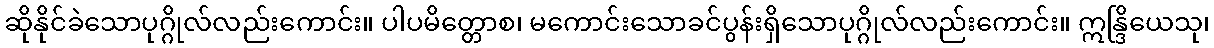
ဆိုနိုင်ခဲသောပုဂ္ဂိုလ်လည်းကောင်း။ ပါပမိတ္တောစ၊ မကောင်းသောခင်ပွန်းရှိသောပုဂ္ဂိုလ်လည်းကောင်း။ ဣန္ဒြိယေသု၊